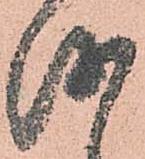
越